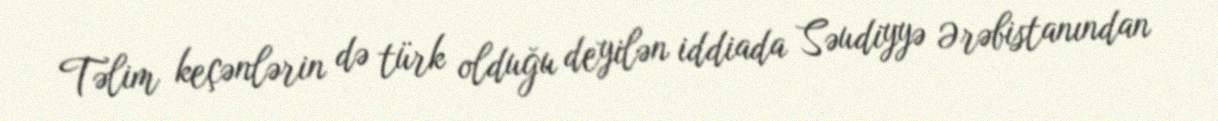
Təlim keçənlərin də türk olduğu deyilən iddiada Səudiyyə Ərəbistanından